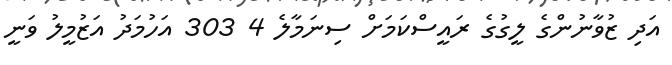
އަދި ޒުވާނުންގެ ލީގުގެ ރައީސްކަމަށް ސިނަމާލެ 4 303 އަހުމަދު އަޒުމީލު ވަނީ